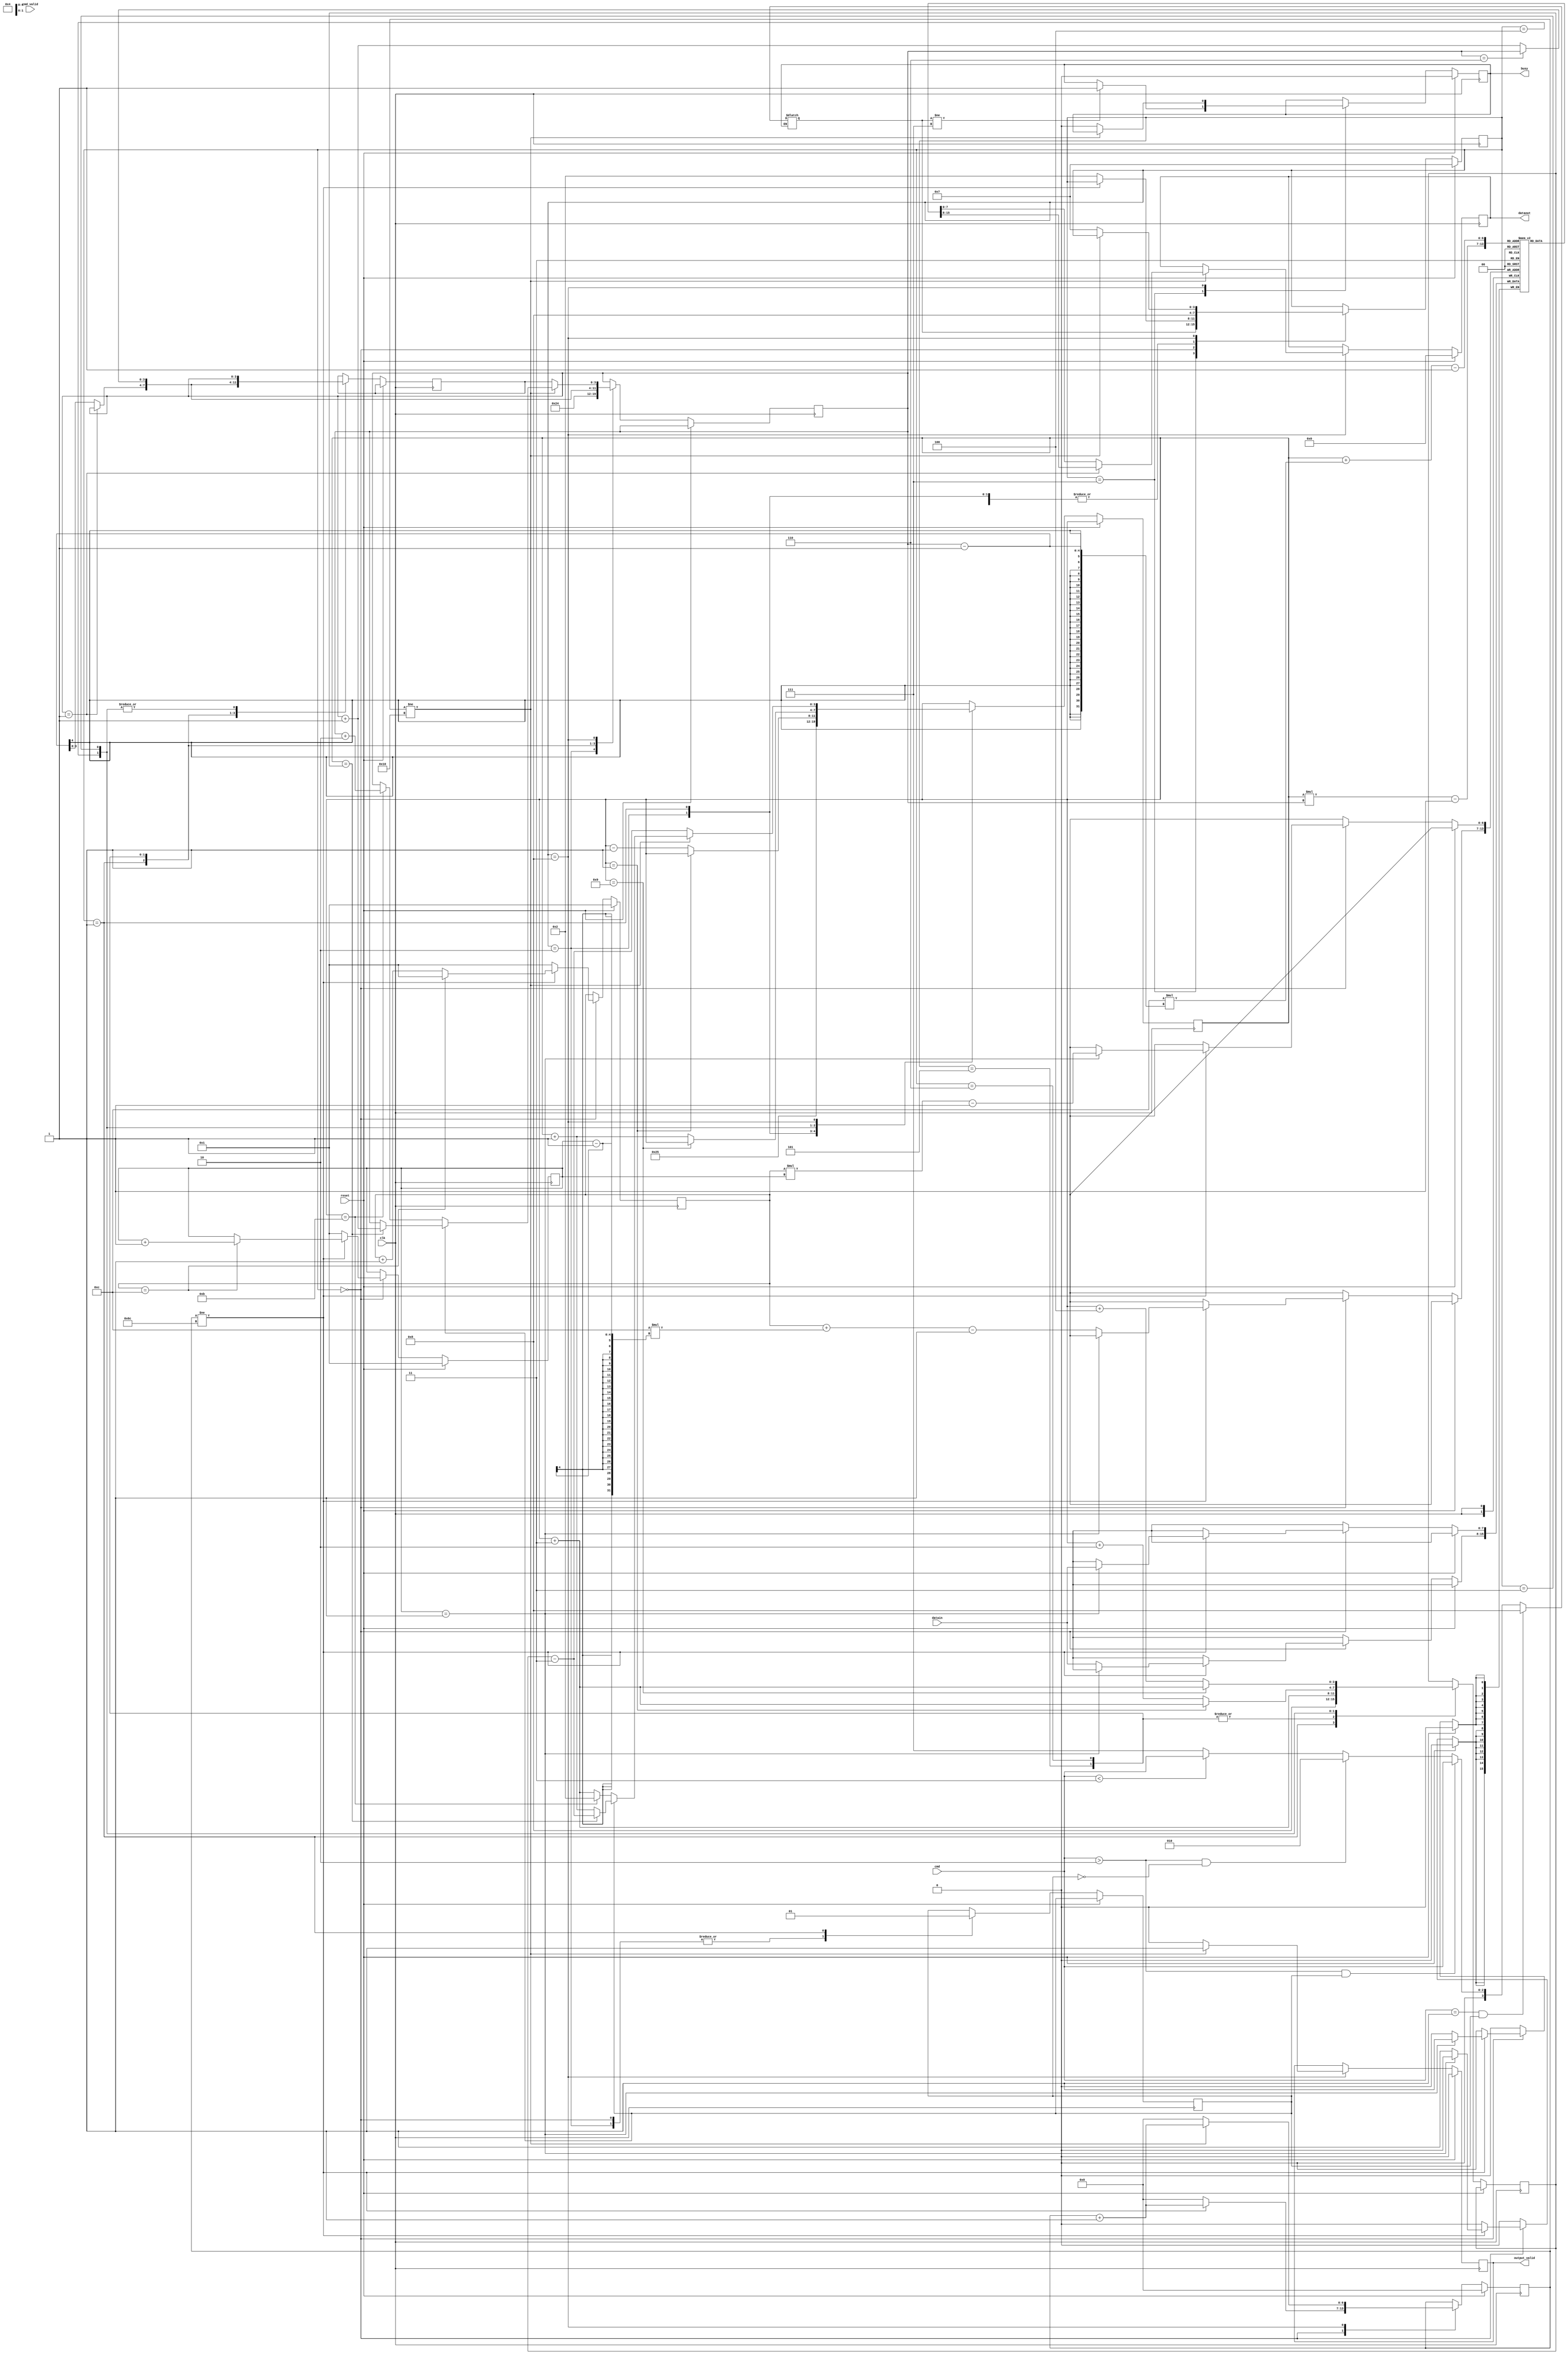
module LCD_CTRL(clk,reset,cmd,cmd_valid,datain,dataout,output_valid,busy);
	input reset;
	input clk;
	input cmd_valid;
	input [2:0] cmd;
	input [7:0] datain;
	output reg [7:0] dataout;
	output reg output_valid;
	output reg busy;
	//
	reg [7:0] data_saved [107:0]; //12*9
	reg [3:0] x,y,state_next,state_current,current_x,current_y,x_zoomreg,y_zoomreg;
	parameter load_data=4'b0000;
	parameter zoom_in=4'b0001;
	parameter zoom_fit=4'b0010;
	parameter shift_right=4'b0011;
	parameter shift_left=4'b0100;
	parameter shift_up=4'b0101;
	parameter shift_down=4'b0110;
	parameter pause=4'b0111;
	parameter state_out=4'b1000;
	reg zooming;
	reg [6:0] counter;
	//
	always@(*)
	begin
		if(!busy) begin
			if(cmd==1 && zooming)		state_next<=state_out;
			else if(cmd>2 && zooming)  	state_next<=cmd;
			else if(cmd>2 && !zooming)  	state_next<=zoom_fit;
			else if(cmd<3)  			state_next<=cmd;
			else  						state_next<=pause;
		end
	end
	//
	always@(posedge clk)
	begin
		if(reset) begin
			output_valid<=0;
			dataout<=0;
			busy<=0;
			state_current<=pause;
			counter<=0;
			x<=1;
			y<=1;
		end
		else begin
			case (state_current)
				pause: begin
					state_current<=state_next;
					if(state_next!=pause) busy<=1;
				end
				load_data: begin
					zooming<=0;
					if(counter != 108) begin
						if(y==1) begin 
							data_saved[x*y-1]<=datain;
						end
						else begin
							data_saved[x+12*(y-1)-1]<=datain;
						end
						if(x==12) begin
							x<=1;
							y<=y+1;
							counter<=counter+1;
						end
						else begin
							x<=x+1;
							counter<=counter+1;
						end
					end
					else begin
						counter<=0;
						state_current<=zoom_fit;
						x<=1;
						y<=1;
					end
				end
				zoom_fit: begin
					zooming<=0;
					current_x<=2;
					current_y<=2;
					state_current<=state_out;
				end
				zoom_in: begin
					zooming<=1;
					current_x<=5;
					current_y<=4;
					x_zoomreg<=8;
					y_zoomreg<=4;
					state_current<=state_out;
				end
				shift_up: begin
					current_y<=(current_y==1)?(current_y):(current_y-1);
					state_current<=state_out;
					x_zoomreg<=current_x+3;
					y_zoomreg<=(current_y==1)?(current_y):(current_y-1);
				end
				shift_down: begin
					current_y<=(current_y==6)?(current_y):(current_y+1);
					state_current<=state_out;
					x_zoomreg<=current_x+3;
					y_zoomreg<=(current_y==6)?(current_y):(current_y+1);
				end
				shift_left: begin
					current_x<=(current_x==1)?(current_x):(current_x-1);
					state_current<=state_out;
					x_zoomreg<=(current_x==1)?(current_x+3):(current_x+2);
					y_zoomreg<=current_y;
				end
				shift_right: begin
					current_x<=(current_x==9)?(current_x):(current_x+1);
					state_current<=state_out;
					x_zoomreg<=(current_x==9)?(current_x+3):(current_x+4);
					y_zoomreg<=current_y;
				end
				state_out: begin
					if(counter!=16) begin
						output_valid<=1;
						if (current_y==1) begin
							dataout<=data_saved[current_x*current_y-1];
						end
						else begin
							dataout<=data_saved[current_x+12*(current_y-1)-1];
						end
						if(zooming) begin
							if(current_x==x_zoomreg) begin
								current_x<=x_zoomreg-3;
								current_y<=current_y+1;	
								counter<=counter+1;		
							end
							else begin
								current_x<=current_x+1;	
								counter<=counter+1;		
							end
						end
						else begin
							if(current_x==11) begin
								current_x<=2;
								current_y<=current_y+2;
								counter<=counter+1;		
							end
							else begin
								current_x<=current_x+3;	
								counter<=counter+1;		
							end
						end
					end
					else begin
						counter<=0;
						busy<=0;
						output_valid<=0;
						state_current<=pause;
						current_x<=x_zoomreg-3;
						current_y<=y_zoomreg;
					end
				end
				
			endcase
		end
	end
	//
endmodule